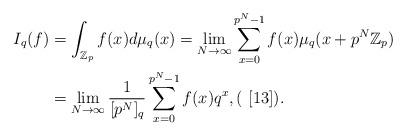
LaTeX: \begin{align*}I_{q}(f) &= \int_{\mathbb{Z}_p} f(x) d\mu_{q}(x) = \lim_{N \rightarrow \infty} \sum_{x=0}^{p^N-1} f(x) \mu_{q} (x+p^N \mathbb{Z}_p) \\&= \lim_{N \rightarrow \infty} \frac{1}{[p^N]_q} \sum_{x=0}^{p^N-1} f(x) q^x, (\,\,[13]).\end{align*}